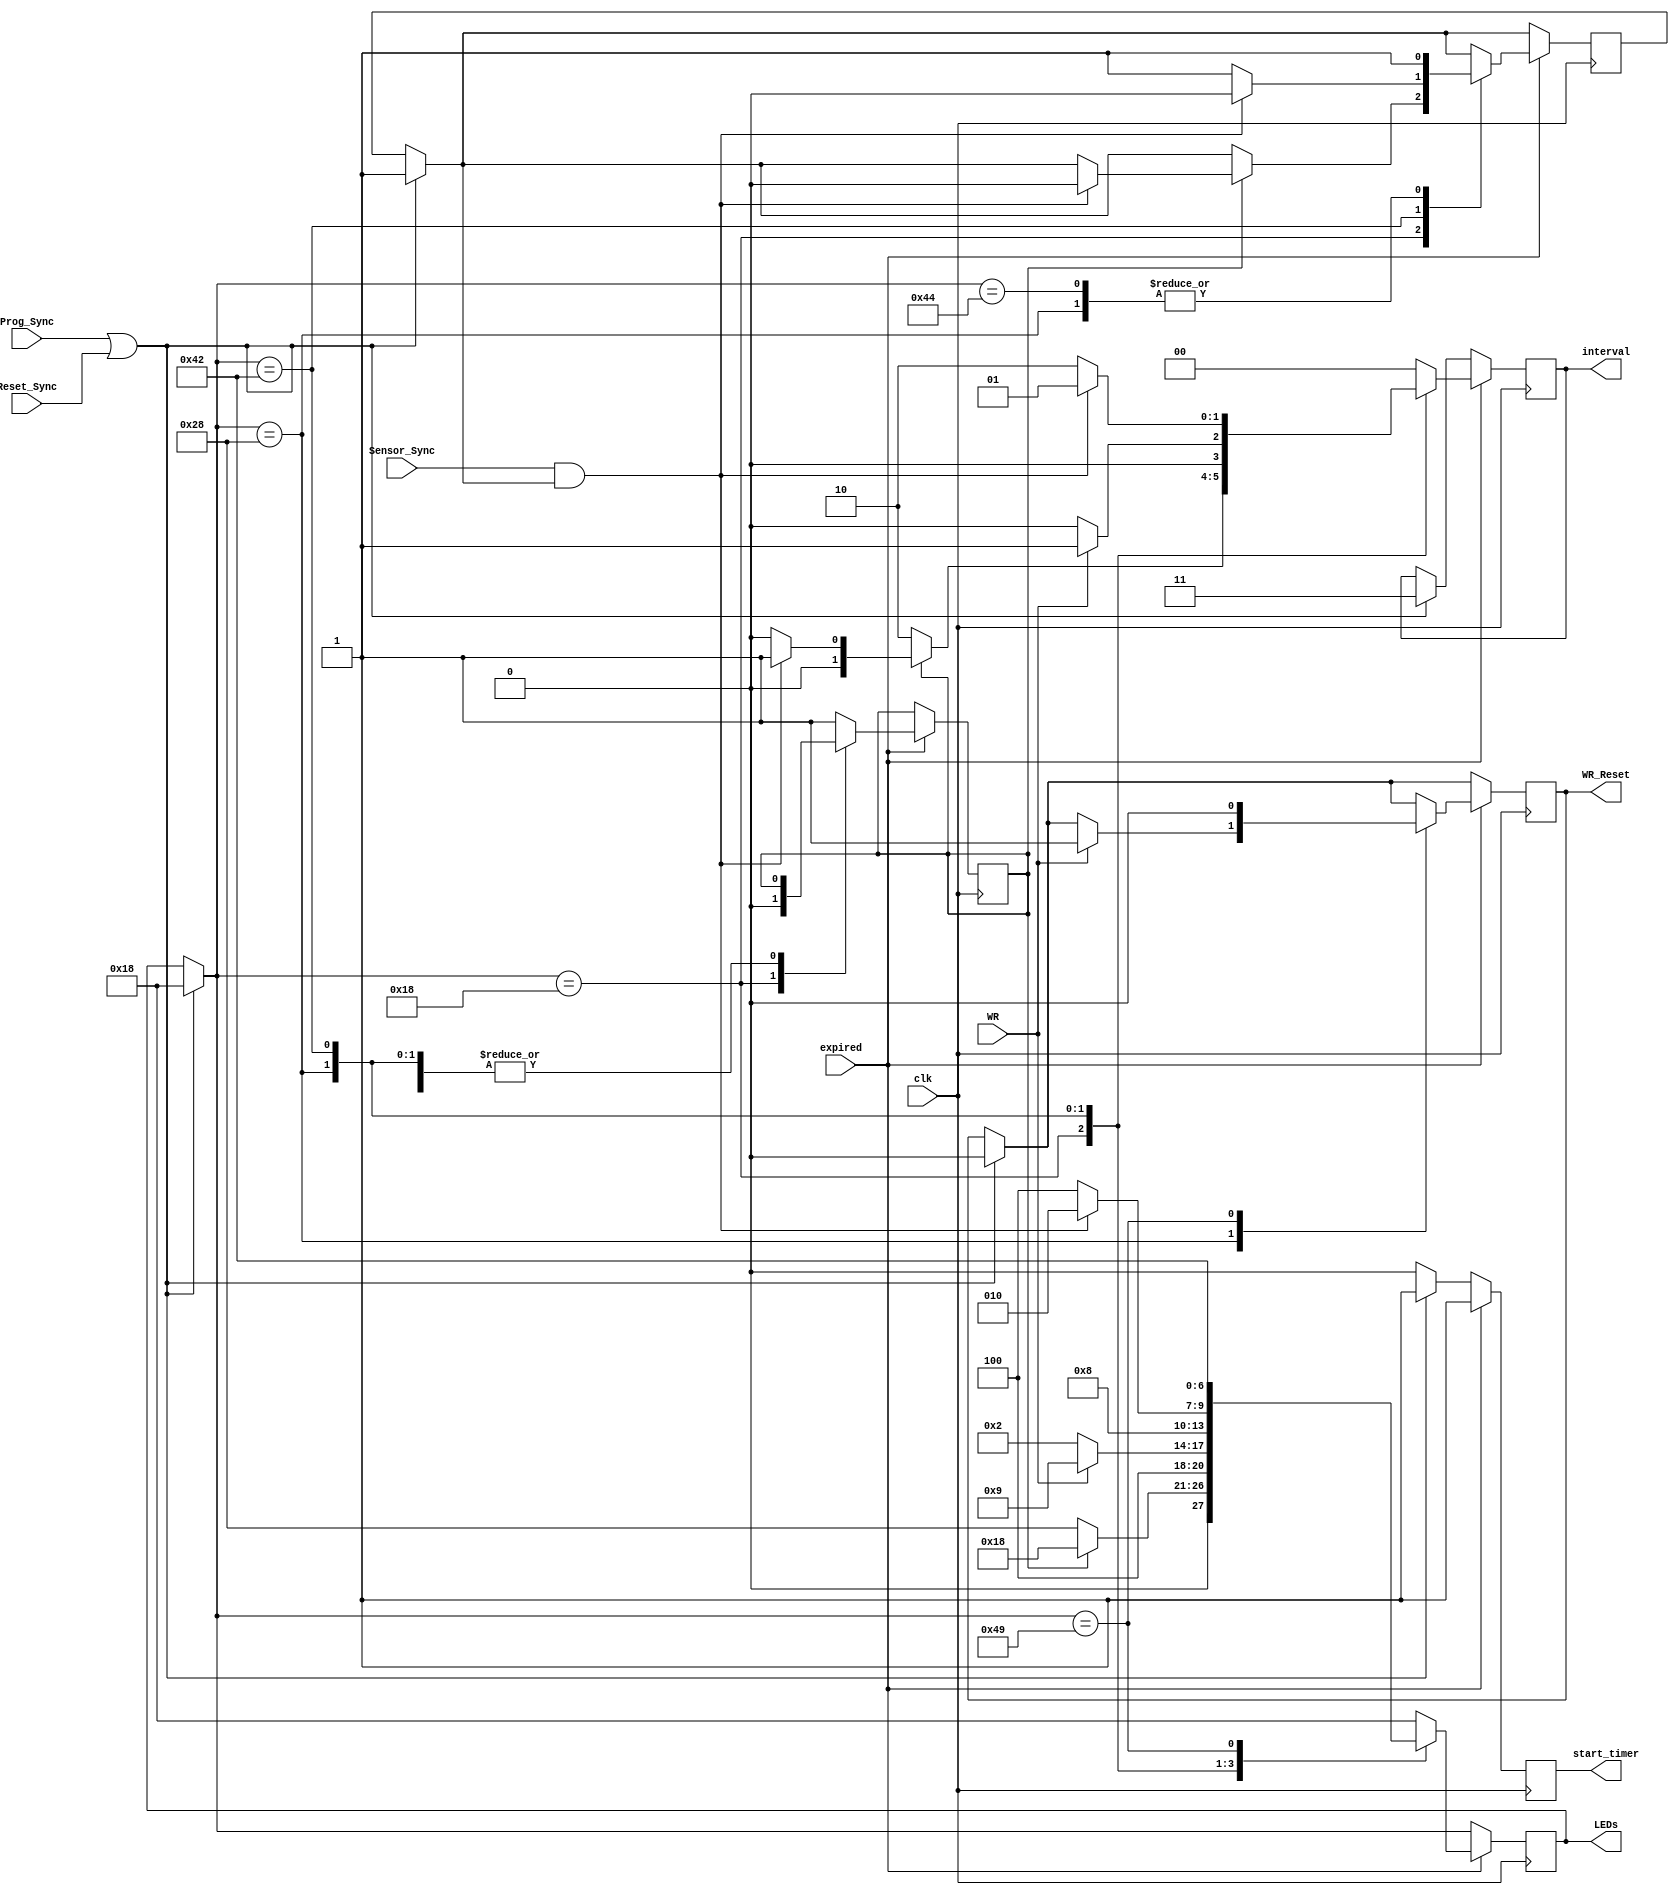
`timescale 1ns / 1ps

module FSM(
    input Sensor_Sync,
    input WR,
    output reg WR_Reset,
    output reg [6:0] LEDs,
    output reg [1:0] interval,
    output reg start_timer,
    input expired,
    input Prog_Sync,
	 input Reset_Sync,
	 input clk
    );
	 
	 localparam tbase = 2'b00,//tBASE
					textended = 2'b01,//tEXT
					tyellow = 2'b10,//tYEL
					tbasex2 = 2'b11;//2*tBASE
					
	 reg deviate; 
	 reg checkSensor_sync;
	 
	 localparam S1 = 7'b0011000, //Main green and side red
					S2 = 7'b0101000, //Main yellow and side red
					S3 = 7'b1000010, //Side green and main red
					S4 = 7'b1000100, //Side yellow and main red
					S5 = 7'b1001001; //walk, main and side red
	 
	 always@(posedge clk) 
		begin
		
		start_timer = 0;
		if (Prog_Sync | Reset_Sync) begin
			LEDs = S1;
			interval = tbasex2;
			WR_Reset = 0;
			start_timer = 1;
			checkSensor_sync = 1;
			end
		if (expired) 
			begin
				case (LEDs)
					S1: begin
							if (deviate) begin
								if (Sensor_Sync & checkSensor_sync)begin
									LEDs = S1;
									interval = textended;
									start_timer = 1;
									checkSensor_sync = 0;
 								end
								else begin
									LEDs = S1;
									interval = tbase;
									start_timer = 1;
								end
								deviate = 0;
							end
							
							else begin	
								LEDs = S2;
								interval = tyellow;
								start_timer = 1;
							end
						end
					
					S2:	begin
							if (WR) begin
								LEDs = S5;
								interval = textended;
								start_timer = 1;
								WR_Reset = 1;
							end
							else begin
								LEDs = S3;
								interval = tbase;
								start_timer = 1;
							end
							checkSensor_sync = 1;
						end
					S3: begin
							if (Sensor_Sync & checkSensor_sync) begin
								LEDs = S3;
								interval = textended;
								start_timer = 1;
								checkSensor_sync = 0;
							end
							else begin
								LEDs = S4;
								interval = tyellow;
								start_timer = 1;
								checkSensor_sync = 1;
							end
						end
					S4: begin
							LEDs = S1;
							interval = tbase;
							start_timer = 1;
							deviate = 1;
							checkSensor_sync = 1;
						end
					S5: begin
							LEDs = S3;
							interval = tbase;
							start_timer = 1;
							WR_Reset = 0;
						end
					default : 
							begin
							LEDs = S1;
							interval = tbase;
							deviate = 1;
							start_timer = 1;
							end
				endcase
		
		end
		end
	
	

endmodule